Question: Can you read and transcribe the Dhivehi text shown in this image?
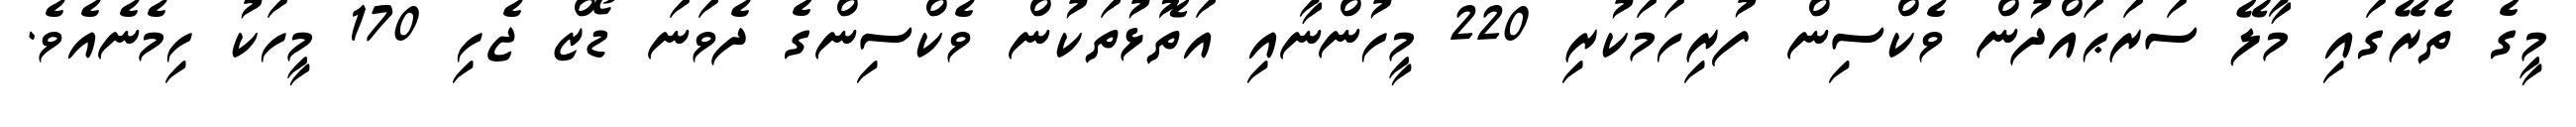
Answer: މީގެ ތެރޭގައި މާލޭ ސަރަޙައްދުން ވެކްސިން ފުރިހަމަކުރި 220 މީހުންނާއި އަތޮޅުތަކުން ވެކްސިންގެ ދެވަނަ ޑޯޒް ޖެހި 170 މީހަކު ހިމެނެއެވެ.